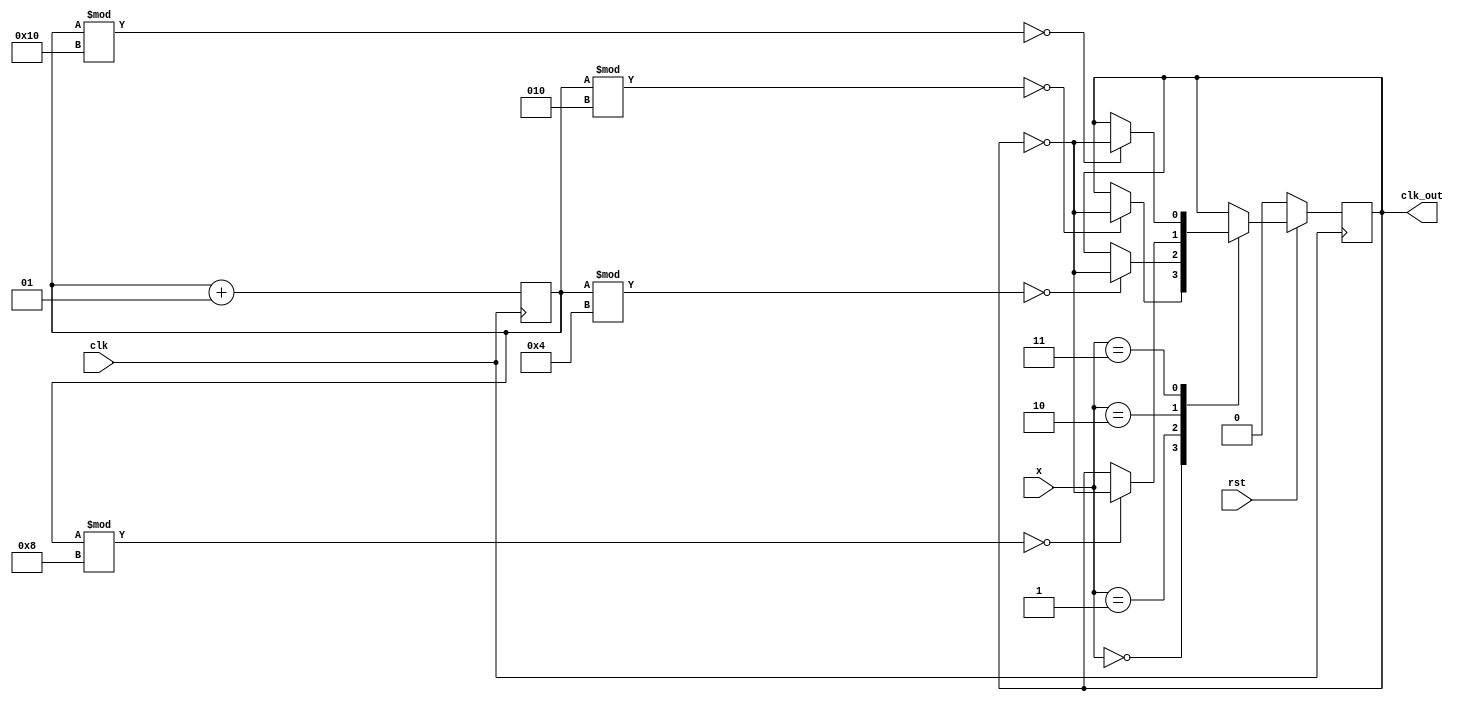
`timescale 1ns / 1ps

module hw1_q2(
    input clk, rst,
    input [1:0] x,
    output reg clk_out
    
    );
    integer counter=0;

   
always @(posedge clk) begin
    counter <= counter +1;
    if (~rst)begin
        clk_out <= 0;
    end
    else begin
        case (x) 
            2'b00: begin
                if(counter % 2 == 0) 
                    clk_out <= ~clk_out;
            end
            2'b01: begin
                if(counter % 4 == 0) 
                    clk_out <= ~clk_out;
            end
            2'b10: begin
                if(counter % 8 == 0) 
                    clk_out <= ~clk_out;
            end
            2'b11: begin
                if(counter % 16 == 0) 
                    clk_out <= ~clk_out;
            end
        endcase
    end
end

endmodule